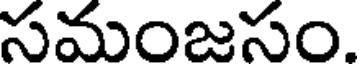
సమంజసం.